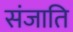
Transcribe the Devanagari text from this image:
संजाति